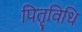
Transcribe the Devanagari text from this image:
पितृविधि